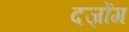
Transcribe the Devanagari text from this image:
दज़ोंग